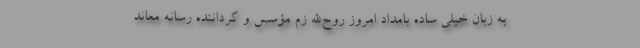
به زبان خیلی ساده بامداد امروز روح‌الله زم مؤسس و گرداننده رسانه معاند